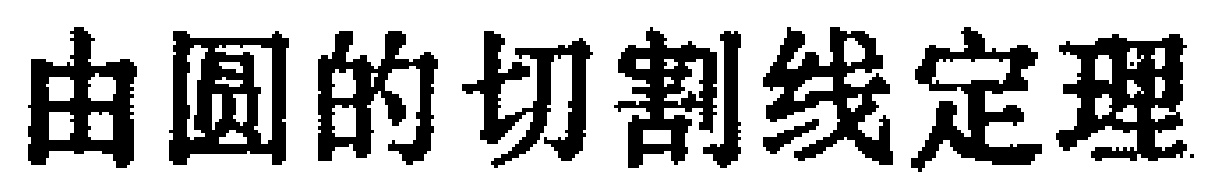
由圆的切割线定理